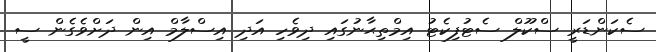
ސެކަންޑަރީ ސްކޫލް ސެޓުފިކެޓު އިމްތިޙާނުގައި ދިވެހި އަދި އިސްލާމް އިން ދަށްވެގެން ސީ